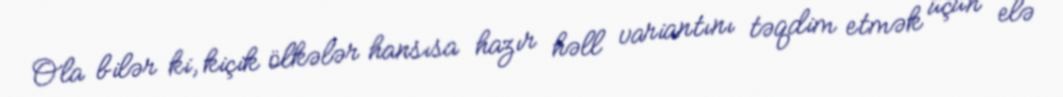
Ola bilər ki, kiçik ölkələr hansısa hazır həll variantını təqdim etmək üçün elə